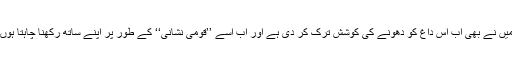
مَیں نے بھی اب اِس داغ کو دھونے کی کوشش ترک کر دی ہے اور اب اسے ’’قومی نشانی‘‘ کے طور پر اپنے ساتھ رکھنا چاہتا ہوں۔